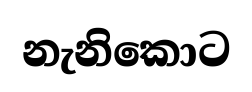
නැනිකොට